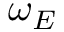
\omega _ { E }